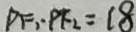
P F _ { 1 } \cdot P F _ { 2 } = 1 8